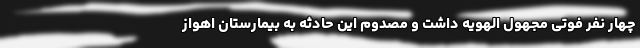
چهار نفر فوتی مجهول الهویه داشت و مصدوم این حادثه به بیمارستان اهواز